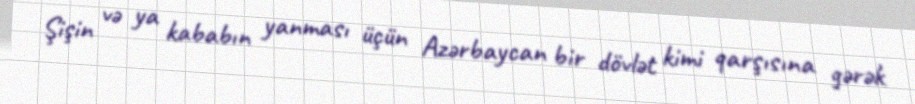
Şişin və ya kababın yanması üçün Azərbaycan bir dövlət kimi qarşısına gərək